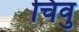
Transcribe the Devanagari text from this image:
चिवु